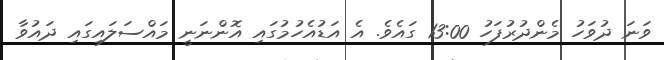
ވަނަ ދުވަހު މެންދުރުފަހު 13:00 ގައެވެ. އެ އަޑުއެހުމުގައި އޮންނަނީ މައްސަލައިގައި ދައުވާ